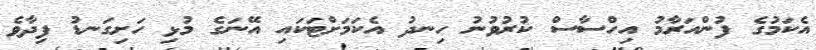
އެކަމުގެ ފުންއަރާމު އިހްސާސް ކުރުވުނު ހިނދު އެކަމަށްޓަކައި އޭނަގެ މުޅި ހަށިގަނޑު ފިދާވެ